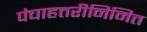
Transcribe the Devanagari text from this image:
पंचाहत्तरीनिमित्त